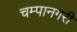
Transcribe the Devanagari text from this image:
चम्पानगरी